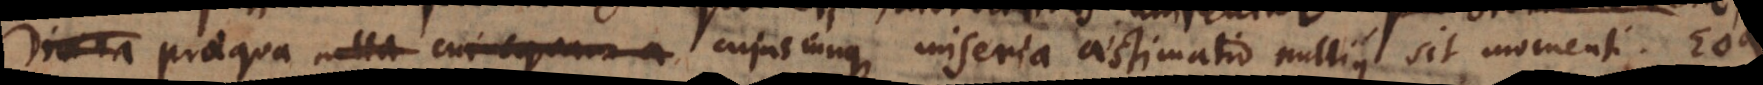
Divina prae qua nulla cujusquam a cujuscunque miseria[e] aestimatio nullius sit momenti. Eoque